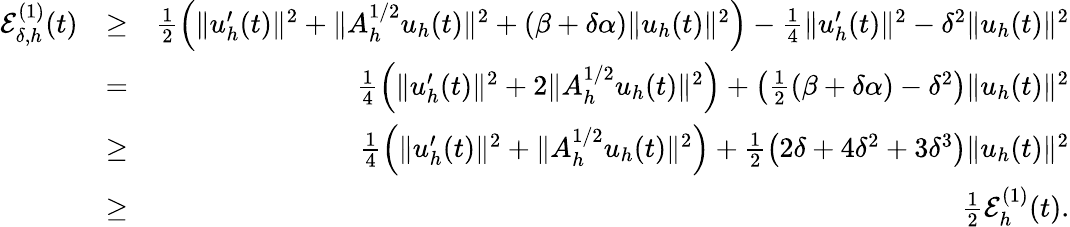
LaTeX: \begin{array}{rlr}{{\cal E}_{\delta,h}^{(1)}(t)}&{\geq}&{\frac{1}{2}\Big(\| u_{h}^{\prime}(t)\| ^{2}+\| A_{h}^{1/2}u_{h}(t)\| ^{2}+(\beta+\delta\alpha)\| u_{h}(t)\| ^{2}\Big)-\frac{1}{4}\| u_{h}^{\prime}(t)\| ^{2}-\delta^{2}\| u_{h}(t)\| ^{2}}\\ &{=}&{\frac{1}{4}\Big(\| u_{h}^{\prime}(t)\| ^{2}+2\| A_{h}^{1/2}u_{h}(t)\| ^{2}\Big)+\big(\frac{1}{2}(\beta+\delta\alpha)-\delta^{2}\big)\| u_{h}(t)\| ^{2}}\\ &{\geq}&{\frac{1}{4}\Big(\| u_{h}^{\prime}(t)\| ^{2}+\| A_{h}^{1/2}u_{h}(t)\| ^{2}\Big)+\frac{1}{2}\big(2\delta+4\delta^{2}+3\delta^{3}\big)\| u_{h}(t)\| ^{2}}\\ &{\geq}&{\frac{1}{2}{\cal E}_{h}^{(1)}(t).}\end{array}